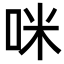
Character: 咪